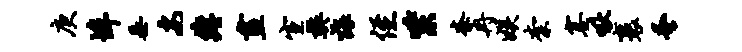
庚埠垂安缠画宣樊诲侄紫紊冉娱柰塞啾裹蚤